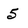
Character: 5